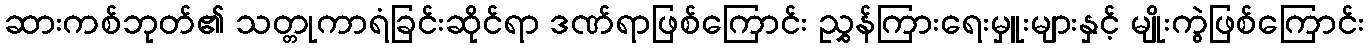
ဆားကစ်ဘုတ်၏ သတ္တုကာရံခြင်းဆိုင်ရာ ဒဏ်ရာဖြစ်ကြောင်း ညွှန်ကြားရေးမှူးများနှင့် မျိုးကွဲဖြစ်ကြောင်း